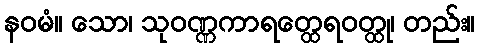
နဝမံ။ သော၊ သုဝဏ္ဏကာရတ္ထေရဝတ္ထု၊ တည်း။